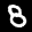
Label: 8